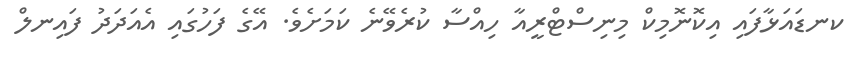
ކނޑައަޅާފައި އިކޮނޮމިކް މިނިސްޓްރީއާ ހިއްސާ ކުރެވޭނެ ކަމަށެވެ. އޭގެ ފަހުގައި އެއަދަދު ފައިނލް